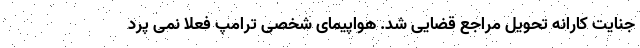
جنایت کارانه تحویل مراجع قضایی شد. هواپیمای شخصی ترامپ فعلاً نمی پرد